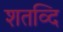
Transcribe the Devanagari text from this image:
शतव्दि